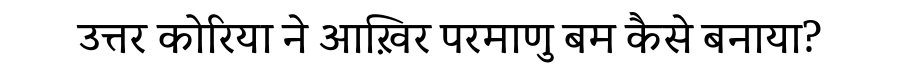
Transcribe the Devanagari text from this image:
उत्तर कोरिया ने आख़िर परमाणु बम कैसे बनाया?